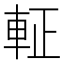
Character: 𮝆